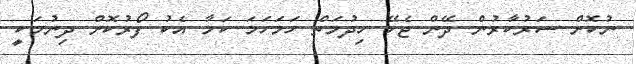
ނުކޮށް ސަރުކާރުން ދޭން ޖެހޭ ހިދުމަތް ހަމަހަމަ ކަމާ އެކު ފޯރުކޮށް ދިނުމަކީ